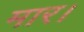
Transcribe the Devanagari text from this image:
मार।